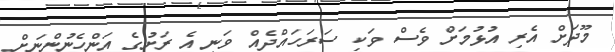
މޫދަށް އެރި އުޅުމަށް ވެސް ވަކި ސަރަހައްދެއް ވަނީ އެ ރަށުގެ އަންހެނުންނަށް